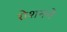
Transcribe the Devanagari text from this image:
रोशनने